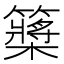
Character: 𥷃